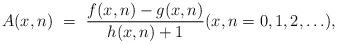
LaTeX: \begin{align*}A(x,n) \ = \ \frac{f(x,n) - g(x,n)}{h(x,n) + 1} (x, n = 0, 1, 2, \ldots),\end{align*}